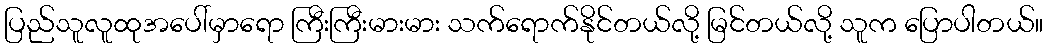
ပြည်သူလူထုအပေါ်မှာရော ကြီးကြီးမားမား သက်ရောက်နိုင်တယ်လို့ မြင်တယ်လို့ သူက ပြောပါတယ်။